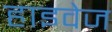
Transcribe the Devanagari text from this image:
हाइवेज